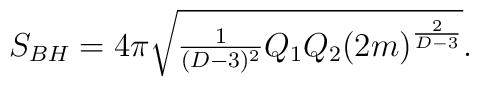
S_{BH}=4\pi\sqrt{{\textstyle{1\over{(D-3)^2}}}Q_1Q_2{(2m)}^{2\over{D-3}}}.